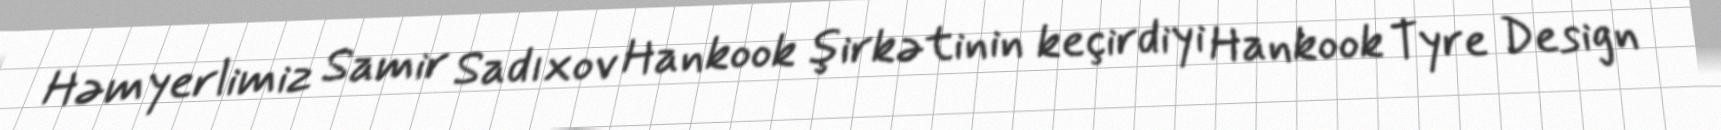
Həmyerlimiz Samir Sadıxov Hankook şirkətinin keçirdiyi Hankook Tyre Design